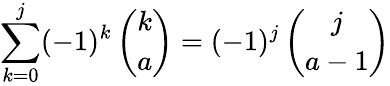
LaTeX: \sum_{k=0}^{j}(-1)^{k}\left(\begin{array}{c}{{k}}\\ {{a}}\end{array}\right)=(-1)^{j}\left(\begin{array}{c}{{j}}\\ {{a-1}}\end{array}\right)